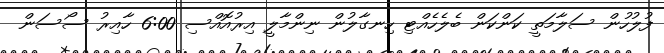
ފުލުހުން ސަލާމަތީ ކަންކަން ބެލެހެއްޓި ހިނގާލުން ނިންމާލީ އިރުއޮއްސި 6:00 ހާއިރު ސޯސަން